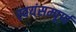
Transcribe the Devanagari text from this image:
स्वयंसम्पूर्ण